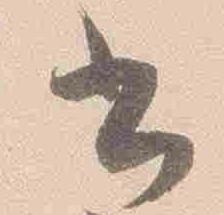
書